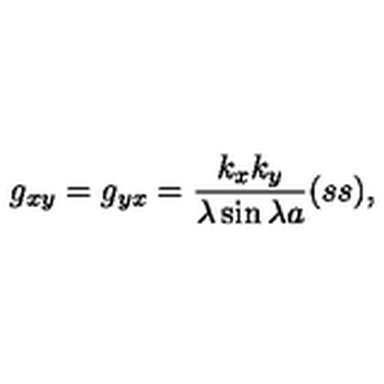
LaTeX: g _ { x y } = g _ { y x } = { \frac { k _ { x } k _ { y } } { \lambda \sin \lambda a } } ( s s ) ,